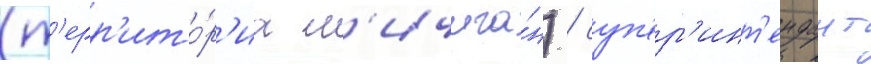
(т'ерр'ито́р'иа м'ичига́н) / суп'ер'инт'ендант